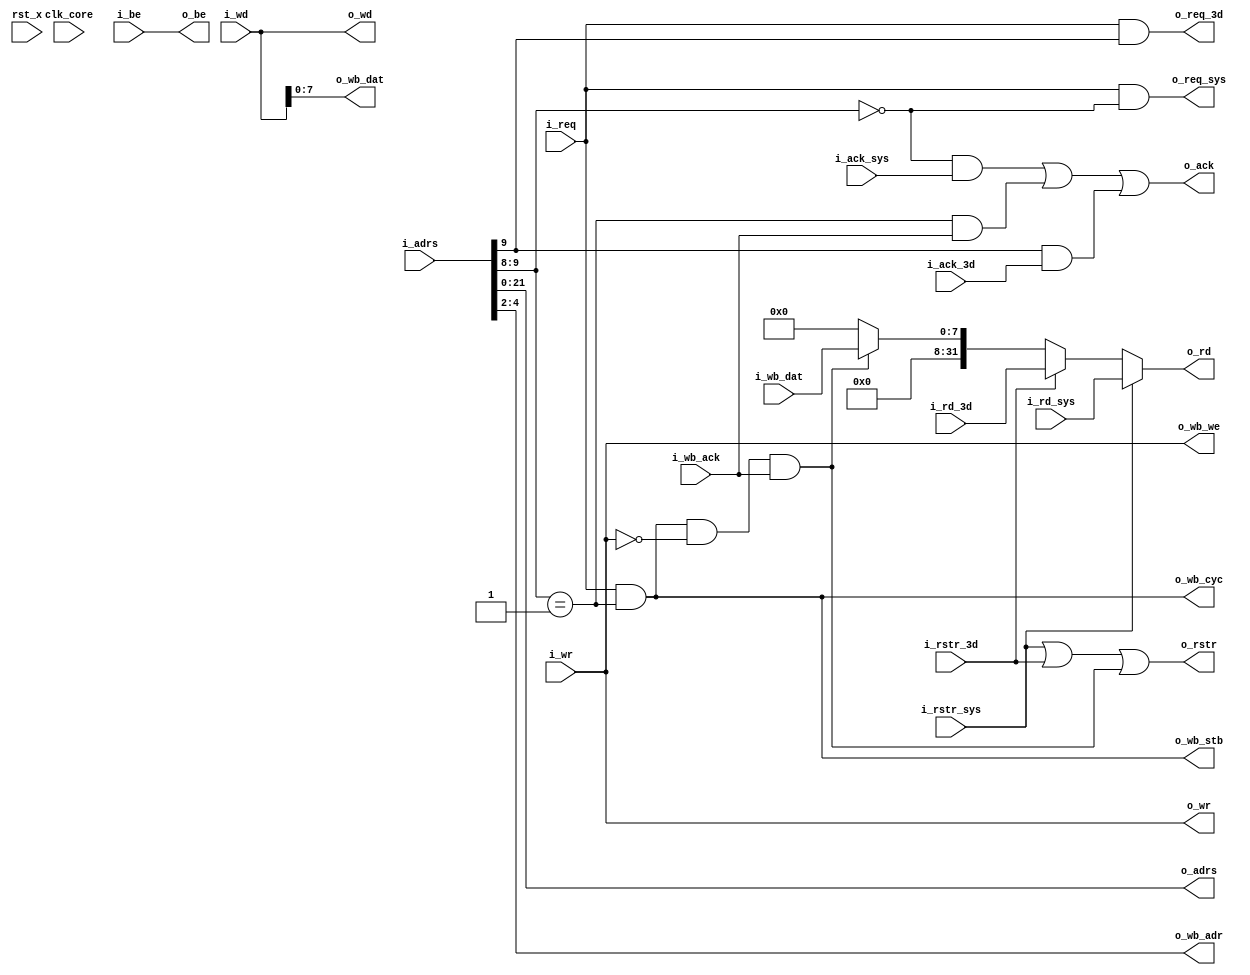
module fm_dispatch (
    clk_core,
    rst_x,
    // local interface
    i_req,
    i_wr,
    i_adrs,
    o_ack,
    i_be,
    i_wd,
    o_rstr,
    o_rd,
    // internal side
    o_req_sys,
    o_req_3d,
    o_wr,
    o_adrs,
    i_ack_sys,
    i_ack_3d,
    o_be,
    o_wd,
    i_rstr_sys,
    i_rstr_3d,
    i_rd_sys,
    i_rd_3d,
    // I2C wishbone
    o_wb_adr,
    o_wb_dat,
    i_wb_dat,
    o_wb_we,
    o_wb_stb,
    o_wb_cyc,
    i_wb_ack
);
//////////////////////////////////
// I/O port definition
//////////////////////////////////
    input           clk_core;
    input           rst_x;
    // sh4 local interface
    input           i_req;
    input           i_wr;
    input  [23:0]   i_adrs;
    output          o_ack;
    input  [3:0]    i_be;
    input  [31:0]   i_wd;
    output          o_rstr;
    output [31:0]   o_rd;
    // internal side
    output          o_req_sys;
    output          o_req_3d;
    output          o_wr;
    output [21:0]   o_adrs;
    input           i_ack_sys;
    input           i_ack_3d;
    output [3:0]    o_be;
    output [31:0]   o_wd;
    input           i_rstr_sys;
    input           i_rstr_3d;
    input  [31:0]   i_rd_sys;
    input  [31:0]   i_rd_3d;
    // wishbone signals
    output [2:0] o_wb_adr;     // lower address bits
    output [7:0] o_wb_dat;     // databus input
    input  [7:0] i_wb_dat;     // databus output
    output       o_wb_we;      // write enable input
    output       o_wb_stb;     // stobe/core select signal
    output       o_wb_cyc;     // valid bus cycle input
    input        i_wb_ack;     // bus cycle acknowledge output
//////////////////////////////////
// reg
//////////////////////////////////
//////////////////////////////////
// wire
//////////////////////////////////
    wire            w_sys_hit;
    wire            w_3d_hit;
    wire            w_i2c_hit;

    wire   [23:0]   w_adrs;
    wire            w_req;

    wire            w_rstr_i2c;
//////////////////////////////////
// assign
//////////////////////////////////
    assign     w_adrs = i_adrs;
    assign     w_req = i_req;

    assign     w_sys_hit = (w_adrs[9:8] == 2'b00);  // byte address
    assign     w_i2c_hit = (w_adrs[9:8] == 2'b01);
    assign     w_3d_hit = (w_adrs[9] == 1'b1);

    assign     o_ack = (w_sys_hit & i_ack_sys)|
                       (w_i2c_hit & i_wb_ack)|
                       (w_3d_hit &i_ack_3d);
    assign     o_rstr = i_rstr_sys | i_rstr_3d | w_rstr_i2c;
    assign     o_rd = (i_rstr_sys) ? i_rd_sys :
                      (i_rstr_3d)  ? i_rd_3d :
                      (w_rstr_i2c) ? {24'h0,i_wb_dat} :
                                     32'h0;
    assign     o_req_sys = w_req & w_sys_hit;
    assign     o_req_3d = w_req & w_3d_hit;
    assign     o_adrs = w_adrs[21:0];
    assign     o_wr = i_wr;
    assign     o_be = i_be;
    assign     o_wd = i_wd;

    assign o_wb_adr[2:0] = i_adrs[4:2];
    assign o_wb_dat = i_wd[7:0];
    assign o_wb_we = i_wr;
    assign o_wb_stb = w_req & w_i2c_hit;
    assign o_wb_cyc = o_wb_stb;
    assign w_rstr_i2c = o_wb_stb & (!o_wb_we) & i_wb_ack;

endmodule